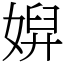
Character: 㜒